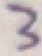
3